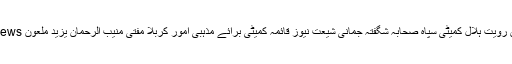
shiitenews امام حسین رویت ہلال کمیٹی سپاہ صحابہ شگفتہ جمانی شیعت نیوز قائمہ کمیٹی برائے مذہبی امور کربلا مفتی منیب الرحمان یزید ملعون